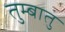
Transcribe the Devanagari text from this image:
तुम्बातु